Report on the working of the Ranchi Indian Mental Hospital, Kanke, in Bihar and Orissa - 1930-1940
Year: 1930
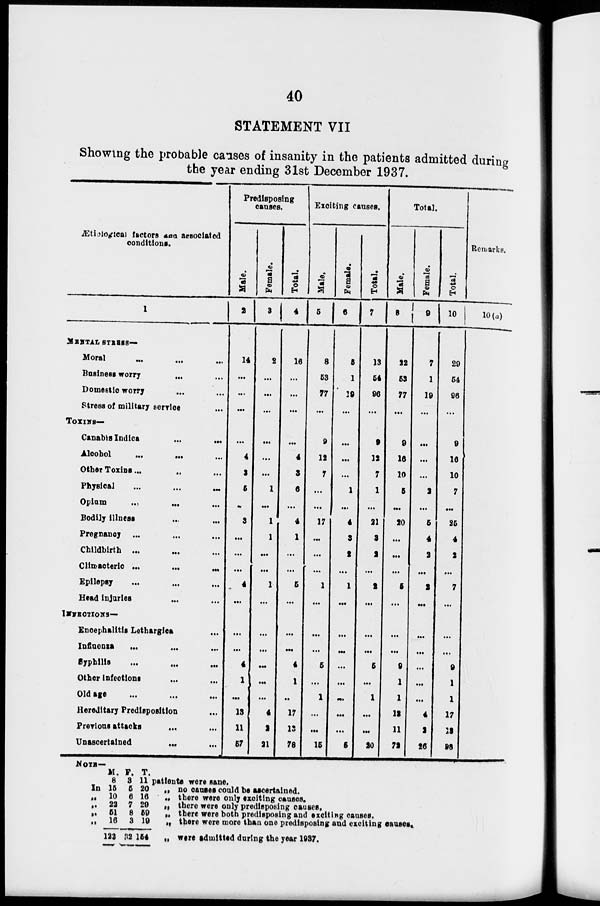
40
STATEMENT VII
Showing the probable causes of insanity in the patients admitted during
the year ending 31st December 1937.
Ætiological factors and associated
conditions.
1
MENTAL STRESS—
Moral
...
...
...
Business worry ... ...
Domestic worry
Stress of military service ...
TOXINS—
Canabis Indica
...
...
Alcohol
Other Toxins...
Physical
...
...
...
Opium
...
...
...
Bodily illness
Pregnancy ...
Childbirth ...
Climacteric ...
...
...
Epilepsy ... ... ...
Head injuries
INFECTIONS—
Encephalitis Lethargies ...
Infiuenia
...
...
...
Syphilis
...
...
...
Other infections ... ...
Old age
...
...
...
Hereditary Predisposition
Preylous attacks
Unascertained
...
...
Predisposing
causes.
Male.
2
14
...
...
...
...
4
3
5
...
3
...
...
...
4
...
...
...
4
1
...
13
11
57
Female.
3
2
...
...
...
...
...
...
1
...
1
1
...
...
1
...
...
...
...
...
...
4
I
21
Total.
4
16
...
...
...
...
4
3
6
...
4
1
...
...
5
...
...
...
4
1
..
17
13
78
Exciting causes.
Male.
5
8
53
77
...
9
12
7
...
...
17
...
...
...
1
...
...
...
5
...
1
...
...
16
Female.
6
5
1
19
...
...
...
...
1
...
4
3
2
...
1
...
...
...
...
...
...
...
...
5
Total.
7
13
54
96
...
9
12
7
1
...
21
3
2
...
2
...
...
...
5
...
1
...
...
20
Total.
Male.
8
22
53
77
...
9
16
10
5
...
20
...
...
...
5
...
...
...
9
1
1
13
11
72
Female.
9
7
1
19
...
...
...
...
2
...
6
4
2
...
2
...
...
...
...
...
...
4
2
26
Total.
10
29
54
96
...
9
16
10
7
...
26
4
2
...
7
...
...
...
9
1
1
17
13
98
Remarks.
10(a)
NOTE—
In
„
„
„
„
M.
8
16
10
22
51
16
122
F.
3
5
6
7
8
3
32
T.
11
20
16
29
59
19
154
patients were sane.
„ no causes could be ascertained.
„ there were only exciting causes.
„ there were only predisposing causes.
„ there were both predisposing and exciting causes.
„ there were more than one predisposing and exciting causes.
„ were admitted during the year 1937.